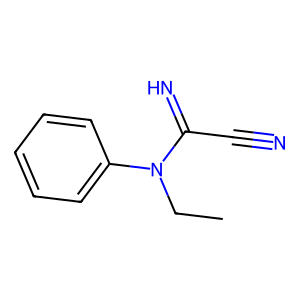
SMILES: CCN(C(=N)C#N)c1ccccc1
Inhibits HIV replication: No